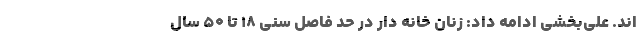
اند. علی‌بخشی ادامه داد: زنان خانه دار در حد فاصل سنی ۱۸ تا ۵۰ سال